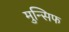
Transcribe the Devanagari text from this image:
मुन्सिफ